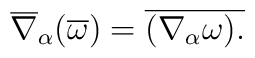
\overline{\nabla }_{\alpha }(\overline{\omega })=\overline{(\nabla _{\alpha}\omega ).}